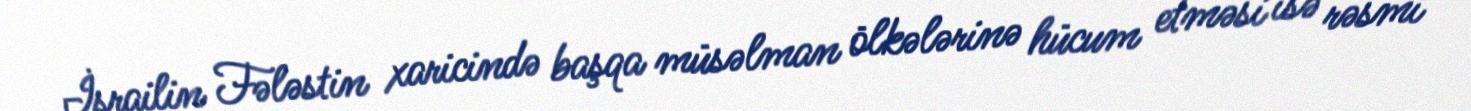
İsrailin Fələstin xaricində başqa müsəlman ölkələrinə hücum etməsi isə rəsmi